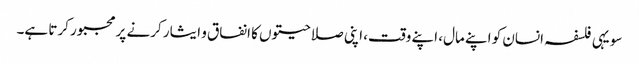
سو یہی فلسفہ انسان کو اپنے مال، اپنے وقت، اپنی صلاحیتوں کا انفاق و ایثار کرنے پر مجبور کرتا ہے۔